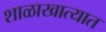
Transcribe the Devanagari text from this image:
शाळाखात्यात